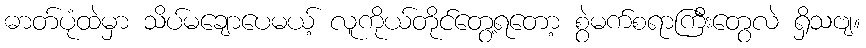
ဓာတ်ပုံထဲမှာ သိပ်မချောပေမယ့် လူကိုယ်တိုင်တွေ့ရတော့ စွဲမက်စရာကြီးတွေလဲ ရှိသဗျ။